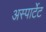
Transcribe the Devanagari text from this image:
अस्पार्टेट